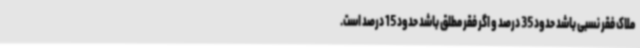
ملاک فقر نسبی باشد حدود 35 درصد و اگر فقر مطلق باشد حدود 15 درصد است.